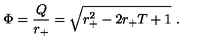
\Phi = { \frac { Q } { r _ { + } } } = \sqrt { r _ { + } ^ { 2 } - 2 r _ { + } T + 1 } \ .